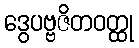
ဒွေပဗ္ဗဇိတဝတ္ထု